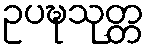
ဥပဍ္ဎသုတ္တ